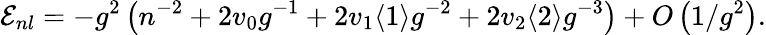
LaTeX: {\cal E}_{nl}=-g^{2}\left(n^{-2}+2v_{0}g^{-1}+2v_{1}\langle 1\rangle g^{-2}+2v_{2}\langle 2\rangle g^{-3}\right)+O\left(1/g^{2}\right).